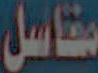
مقاسل